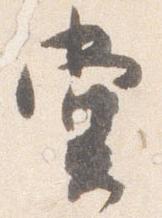
堂